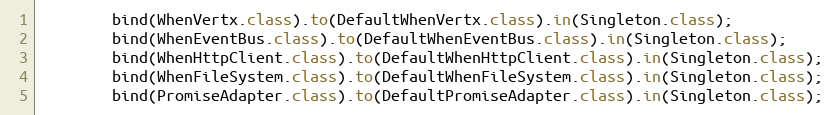
Language: Java
        bind(WhenVertx.class).to(DefaultWhenVertx.class).in(Singleton.class);
        bind(WhenEventBus.class).to(DefaultWhenEventBus.class).in(Singleton.class);
        bind(WhenHttpClient.class).to(DefaultWhenHttpClient.class).in(Singleton.class);
        bind(WhenFileSystem.class).to(DefaultWhenFileSystem.class).in(Singleton.class);
        bind(PromiseAdapter.class).to(DefaultPromiseAdapter.class).in(Singleton.class);